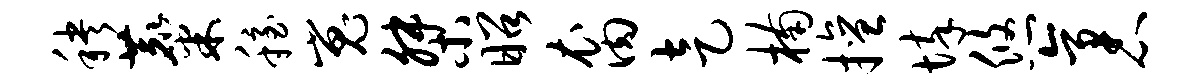
秧麋稳嵬桀昭裔走楠擅悴悠袤